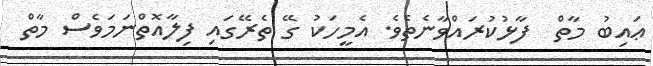
ޢައިބު މާތް  ފާޅުކުރައްވާނެތެވެ. އެމީހަކު ގޭ ތެރޭގައި ފިލާއޮތްނަމަވެސް މާތް